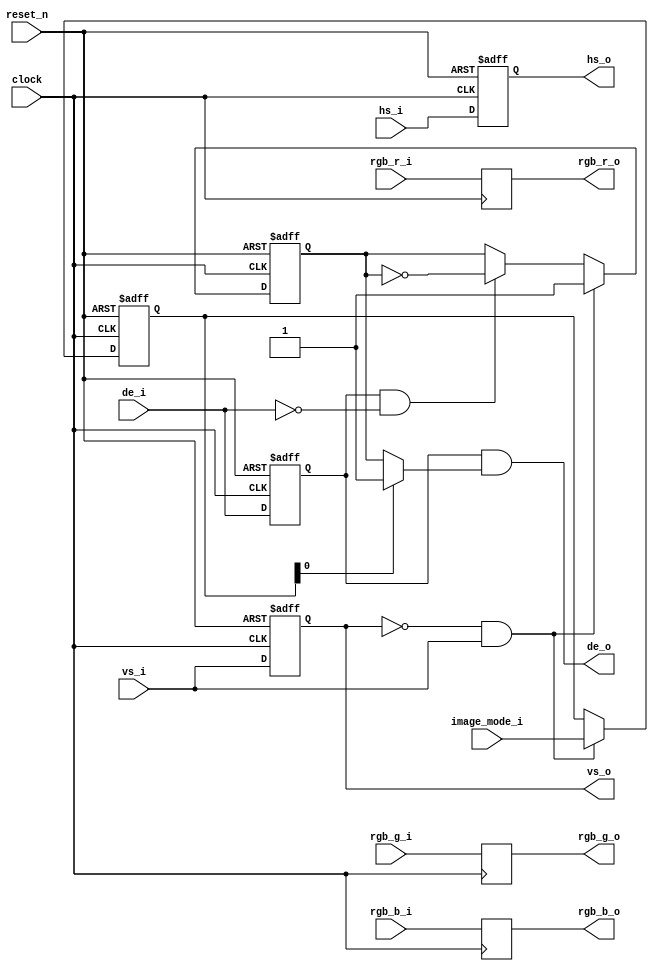
//---------------------------------------------------------------------------------------

// SKIP 1X2

//---------------------------------------------------------------------------------------

module skip_1x2(

		//
		clock, reset_n,
		//
		vs_i, hs_i, de_i,
		//
		rgb_r_i, rgb_g_i, rgb_b_i,
		//
		vs_o, hs_o, de_o,
		//
		rgb_r_o, rgb_g_o, rgb_b_o,
		//
		image_mode_i
		
);

//---------------------------------------------------------------------------------------

input								clock;
input								reset_n;

input								vs_i;
input								hs_i;
input								de_i;
input[7:0]							rgb_r_i;
input[7:0]							rgb_g_i;
input[7:0]							rgb_b_i;

output								vs_o;
output								hs_o;
output								de_o;
output[7:0]							rgb_r_o;
output[7:0]							rgb_g_o;
output[7:0]							rgb_b_o;

input[7:0]							image_mode_i;

/////////////////////////////////////////////////////////////////////////////////////////

reg									r_de_d0;
reg									r_de_d1;
reg									r_hs_d0;
reg									r_hs_d1;
reg									r_vs_d0;
reg									r_vs_d1;
reg[7:0]							r_rgb_r_d0;
reg[7:0]							r_rgb_g_d0;
reg[7:0]							r_rgb_b_d0;
reg[7:0]							r_rgb_r_d1;
reg[7:0]							r_rgb_g_d1;
reg[7:0]							r_rgb_b_d1;

reg									r_line_valid;

reg[7:0]							r_image_mode;

//---------------------------------------------------------------------------------------

assign vs_o = r_vs_d0;
assign hs_o = r_hs_d0;
assign de_o = r_de_d0 & ((r_image_mode[0] == 0) ? r_line_valid : 1'b1);

assign rgb_r_o = r_rgb_r_d0;
assign rgb_g_o = r_rgb_g_d0;
assign rgb_b_o = r_rgb_b_d0;

//---------------------------------------------------------------------------------------

always@(posedge clock or negedge reset_n)
	begin
		if(!reset_n)
			begin
				r_image_mode <= 0;					
			end
		else if(!r_vs_d0 && vs_i)
			begin
				r_image_mode <= image_mode_i;
			end
	end
	
always@(posedge clock)
	begin
		r_rgb_r_d0 <= rgb_r_i;
		r_rgb_g_d0 <= rgb_g_i;
		r_rgb_b_d0 <= rgb_b_i;
	end	
	
always@(posedge clock or negedge reset_n)
	begin
		if(!reset_n)
			begin
				r_de_d0 <= 1'b0;					
				r_de_d1 <= 1'b0;					
			end
		else
			begin
				r_de_d0 <= de_i;
				r_de_d1 <= r_de_d0;
			end
	end

always@(posedge clock or negedge reset_n)
	begin
		if(!reset_n)
			begin
				r_hs_d0 <= 1'b0;					
				r_hs_d1 <= 1'b0;					
			end
		else
			begin
				r_hs_d0 <= hs_i;
				r_hs_d1 <= r_hs_d0;
			end
	end
	
always@(posedge clock or negedge reset_n)
	begin
		if(!reset_n)
			begin
				r_vs_d0 <= 1'b0;					
				r_vs_d1 <= 1'b0;					
			end
		else
			begin
				r_vs_d0 <= vs_i;
				r_vs_d1 <= r_vs_d0;
			end
	end
	
always@(posedge clock or negedge reset_n)
	begin
		if(!reset_n)
			begin
				r_line_valid <= 1'b1;
			end
		else if(!r_vs_d0 && vs_i)
			begin
				r_line_valid <= 1'b1;
			end
		else if(r_de_d0 && !de_i)
				r_line_valid <= ~r_line_valid;
	end
	
endmodule